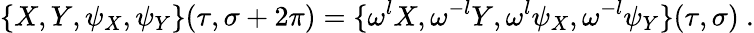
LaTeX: \{ X,Y,\psi_{X},\psi_{Y}\} (\tau,\sigma+2\pi)=\{ \omega^{l}X,\omega^{-l}Y,\omega^{l}\psi_{X},\omega^{-l}\psi_{Y}\} (\tau,\sigma)~.